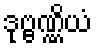
ဒုဗ္ဗဏ္ဏိယံ